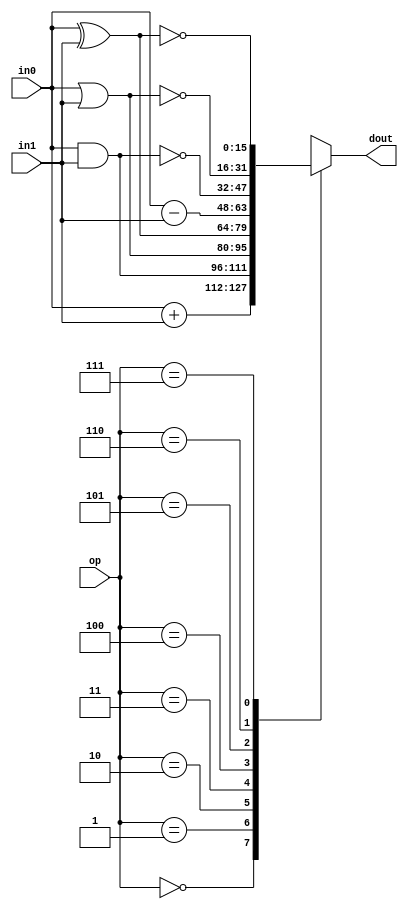
module C_ALU (op, in0, in1, dout);

	input [2:0] op;
	
	input [15:0] in0;
	input [15:0] in1;
	
	output reg [15:0] dout;
	
	
	always @ * begin
		case(op)
			3'b000: dout = in0+in1;
			3'b001: dout = in0&in1;
			3'b010: dout = in0|in1;
			3'b011: dout = in0^in1;
			3'b100: dout = in0-in1;
			3'b101: dout = ~(in0&in1);
			3'b110: dout = ~(in0|in1);
			3'b111: dout = ~(in0^in1);
		endcase
	end
	
endmodule